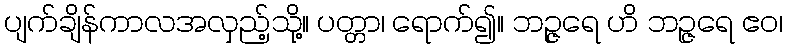
ပျက်ချိန်ကာလအလှည့်သို့။ ပတ္တာ၊ ရောက်၍။ ဘဉ္ဇရေ ဟိ ဘဉ္ဇရေ ဧဝ၊